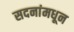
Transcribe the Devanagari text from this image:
सदनांमधून